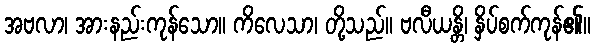
အဗလာ၊ အားနည်းကုန်သော။ ကိလေသာ၊ တို့သည်။ ဗလီယန္တိ၊ နှိပ်စက်ကုန်၏။